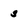
Character: s